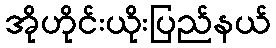
အိုဟိုင်းယိုးပြည်နယ်